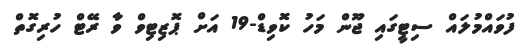
ފުވައްމުލައް ސިޓީގައި ޖޫން މަހު ކޮވިޑް-19 އަށް ޕޮޒިޓިވް ވާ ރޭޓް ހުރިގޮތް